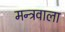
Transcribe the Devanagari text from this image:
मन्त्रवाला